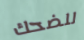
للضحك